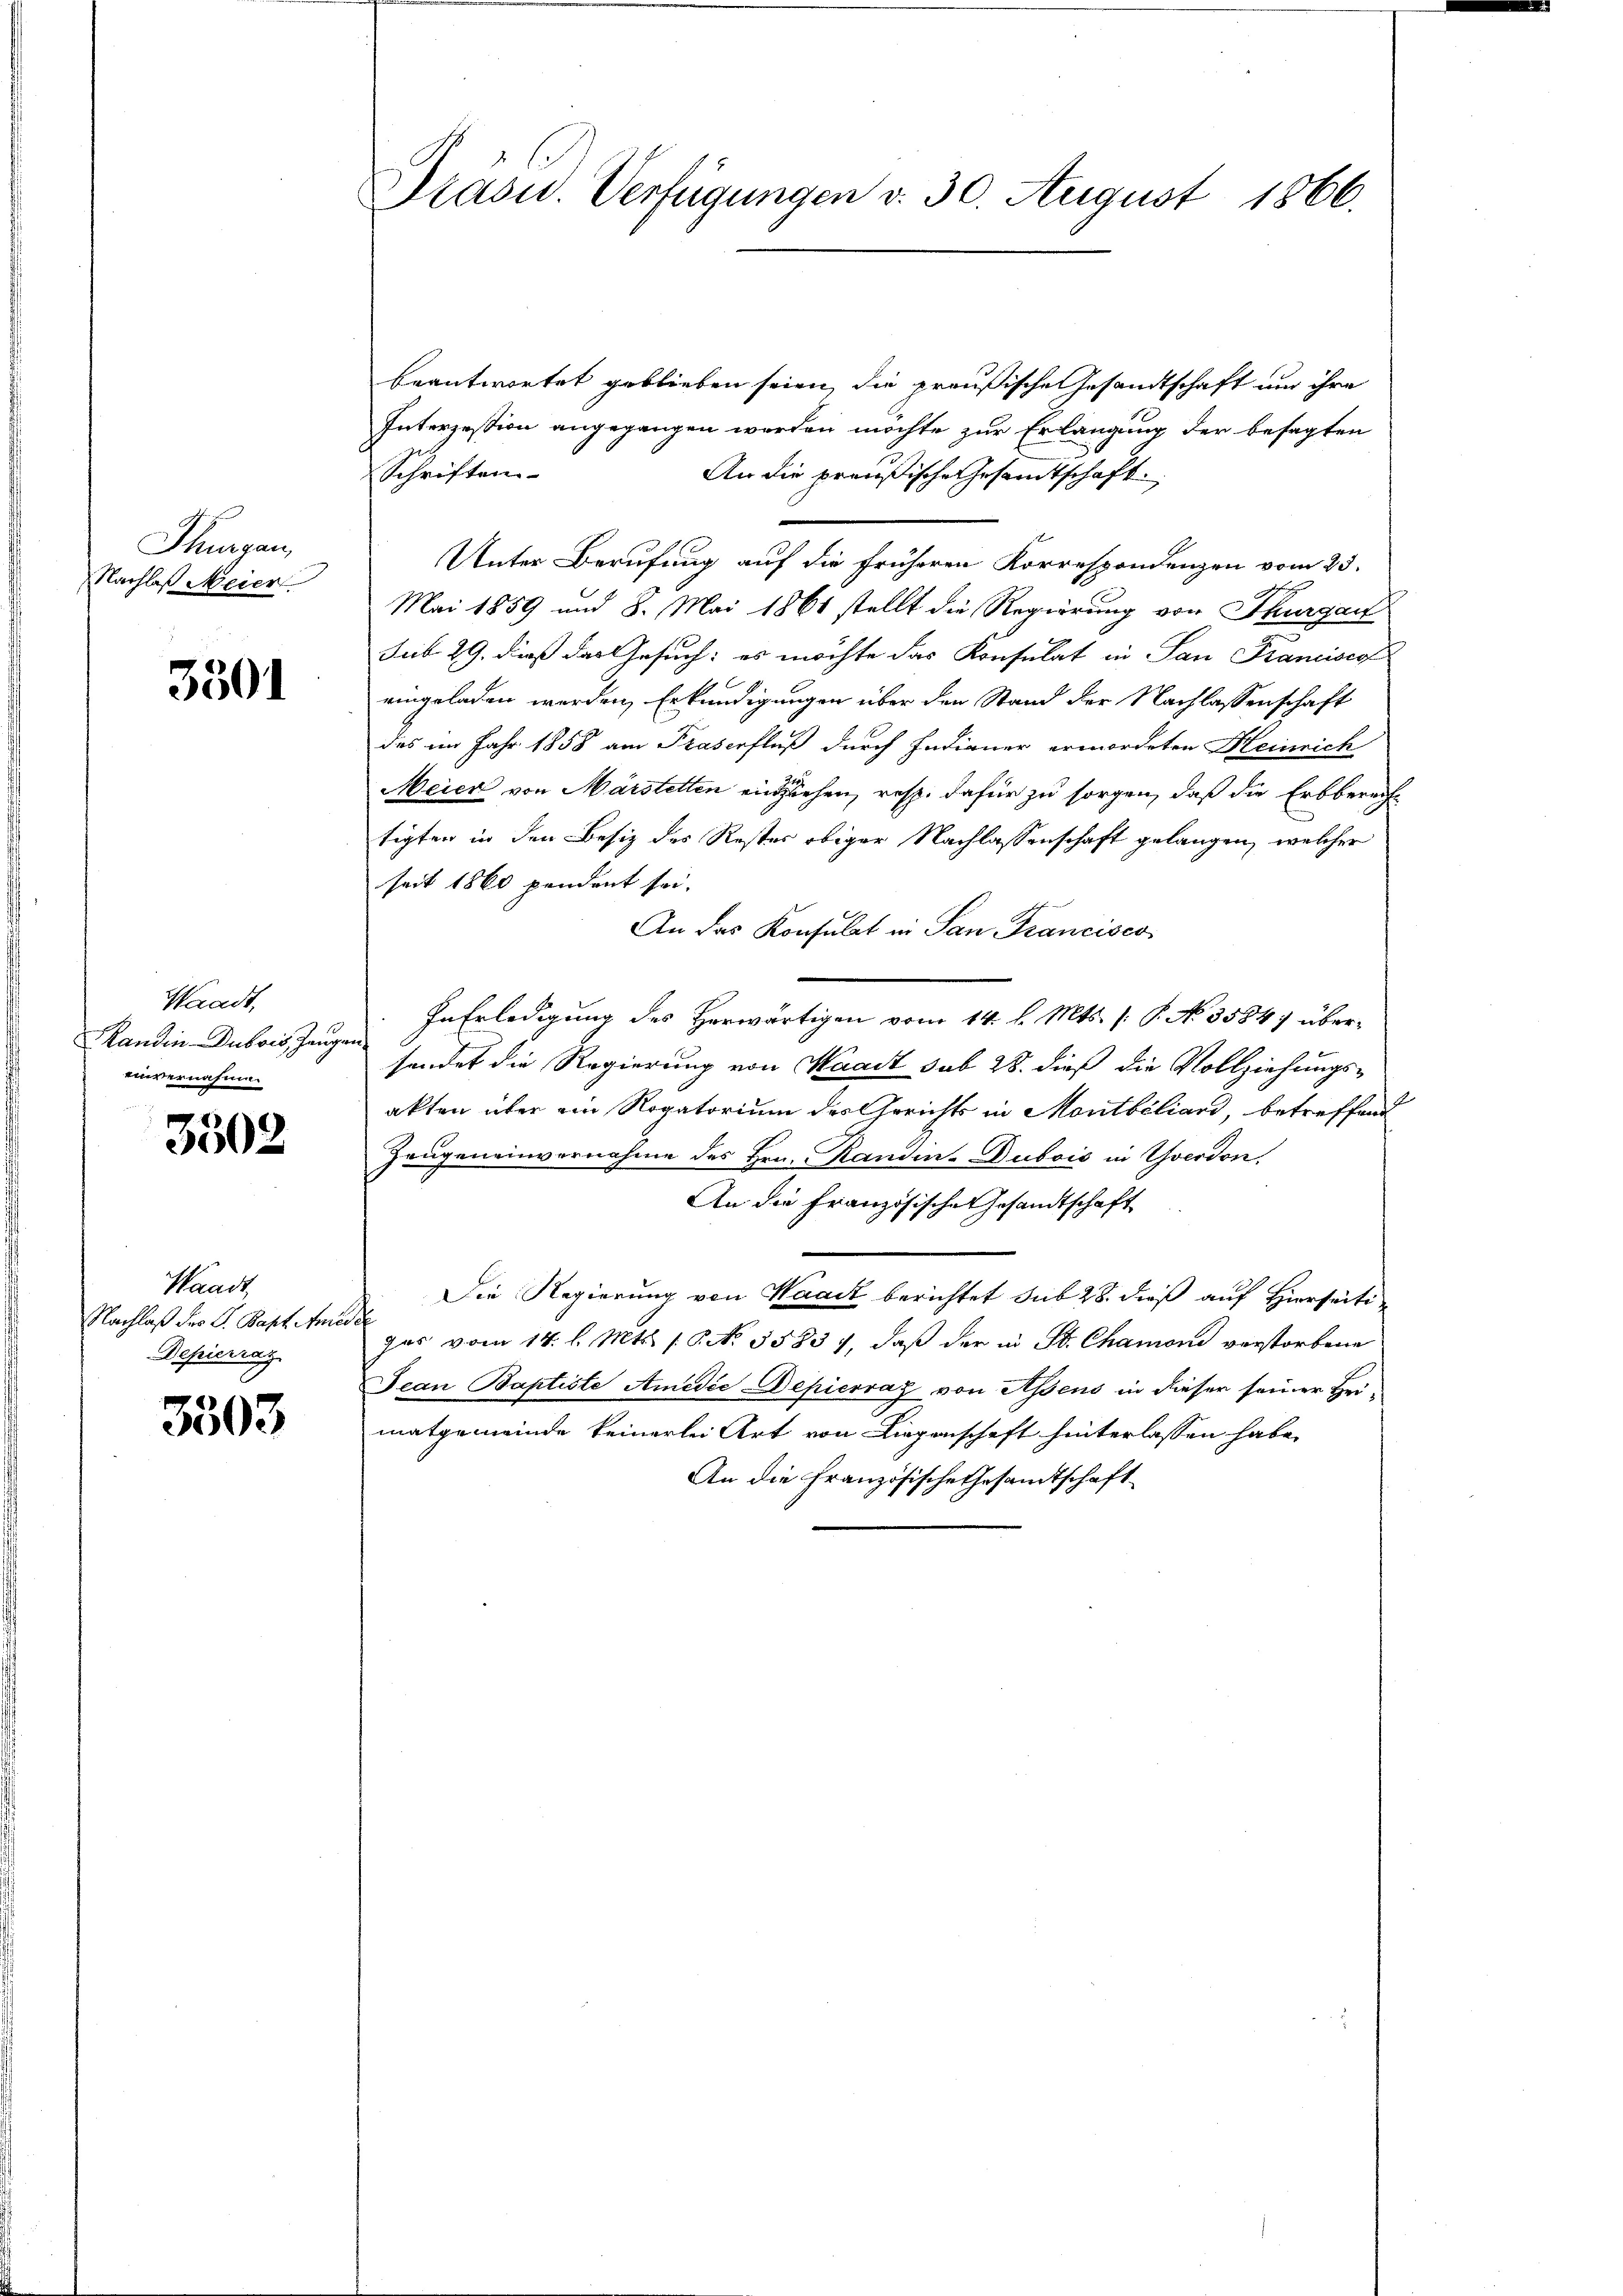
Thurgau,
Nachlaß Meier

3501

Waadt,
Kandin-Dubois Gangen
einvernahmen

3502

Waadt,
Nachlaß des P. Bapt. Anzei
Depierrat

3503

Präsid. Verfügungen v. 30. August 1866.

beantwortet geblieben seien, die preußische Gesandtschaft um ihre
Interzestion angegangen werden möchte zur Erlangung der besagten
Schriften
An die preußische Gesandtschaft
Unter Berufung auf die früheren Korrespondenzen vom 23.
Mai 1859 und 8. Mai 1861 stellt die Regierung von Thurgau
Sub. 29. dieß das Gesuch: es möchte das Konsulat in San Francisco
eingeladen werden, Erkundigungen über den Stand der Nachlassenschaft
des im Jahr 1858 am Praserfluß durch Indianer ermordeten Heinrich
Meier von Märstetten einziehen, resp. dafür zu sorgen, daß die Erbbereiftigten in den Besiz des Rester obiger Nachlassenschaft gelangen, welcher
seit 1860 pendent sei.
An das Konsulat in San Francisco
In Erledigung des Herwärtigen vom 14. d. Mts. (: P. No. 3584; übersendet die Regierung von Waadt sub 28. dieß die Vollziehungs-
akten über ein Rogatorium des Gerichts in Montbiliard, betreffend
Zeugeneinvernahme des Hrn. anden- Dubois in Yverdon,
An die Französische Gesandtschaft
Die Regierung von Waadt berichtet sub 28. dieß auf Hierseiti¬
.
das vom 14. l. Mts. 1. No. 55837, daß der in St. Chamoni verstorbene
Jean Baptiste Amedie Depierraz von Assens in dieser seiner Heimatgemeinde keinerlei Art von Liegenschaft hinterlassen habe.
An die Französische Gesandtschaft